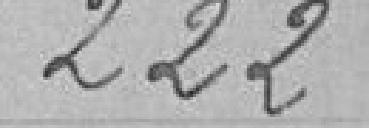
222